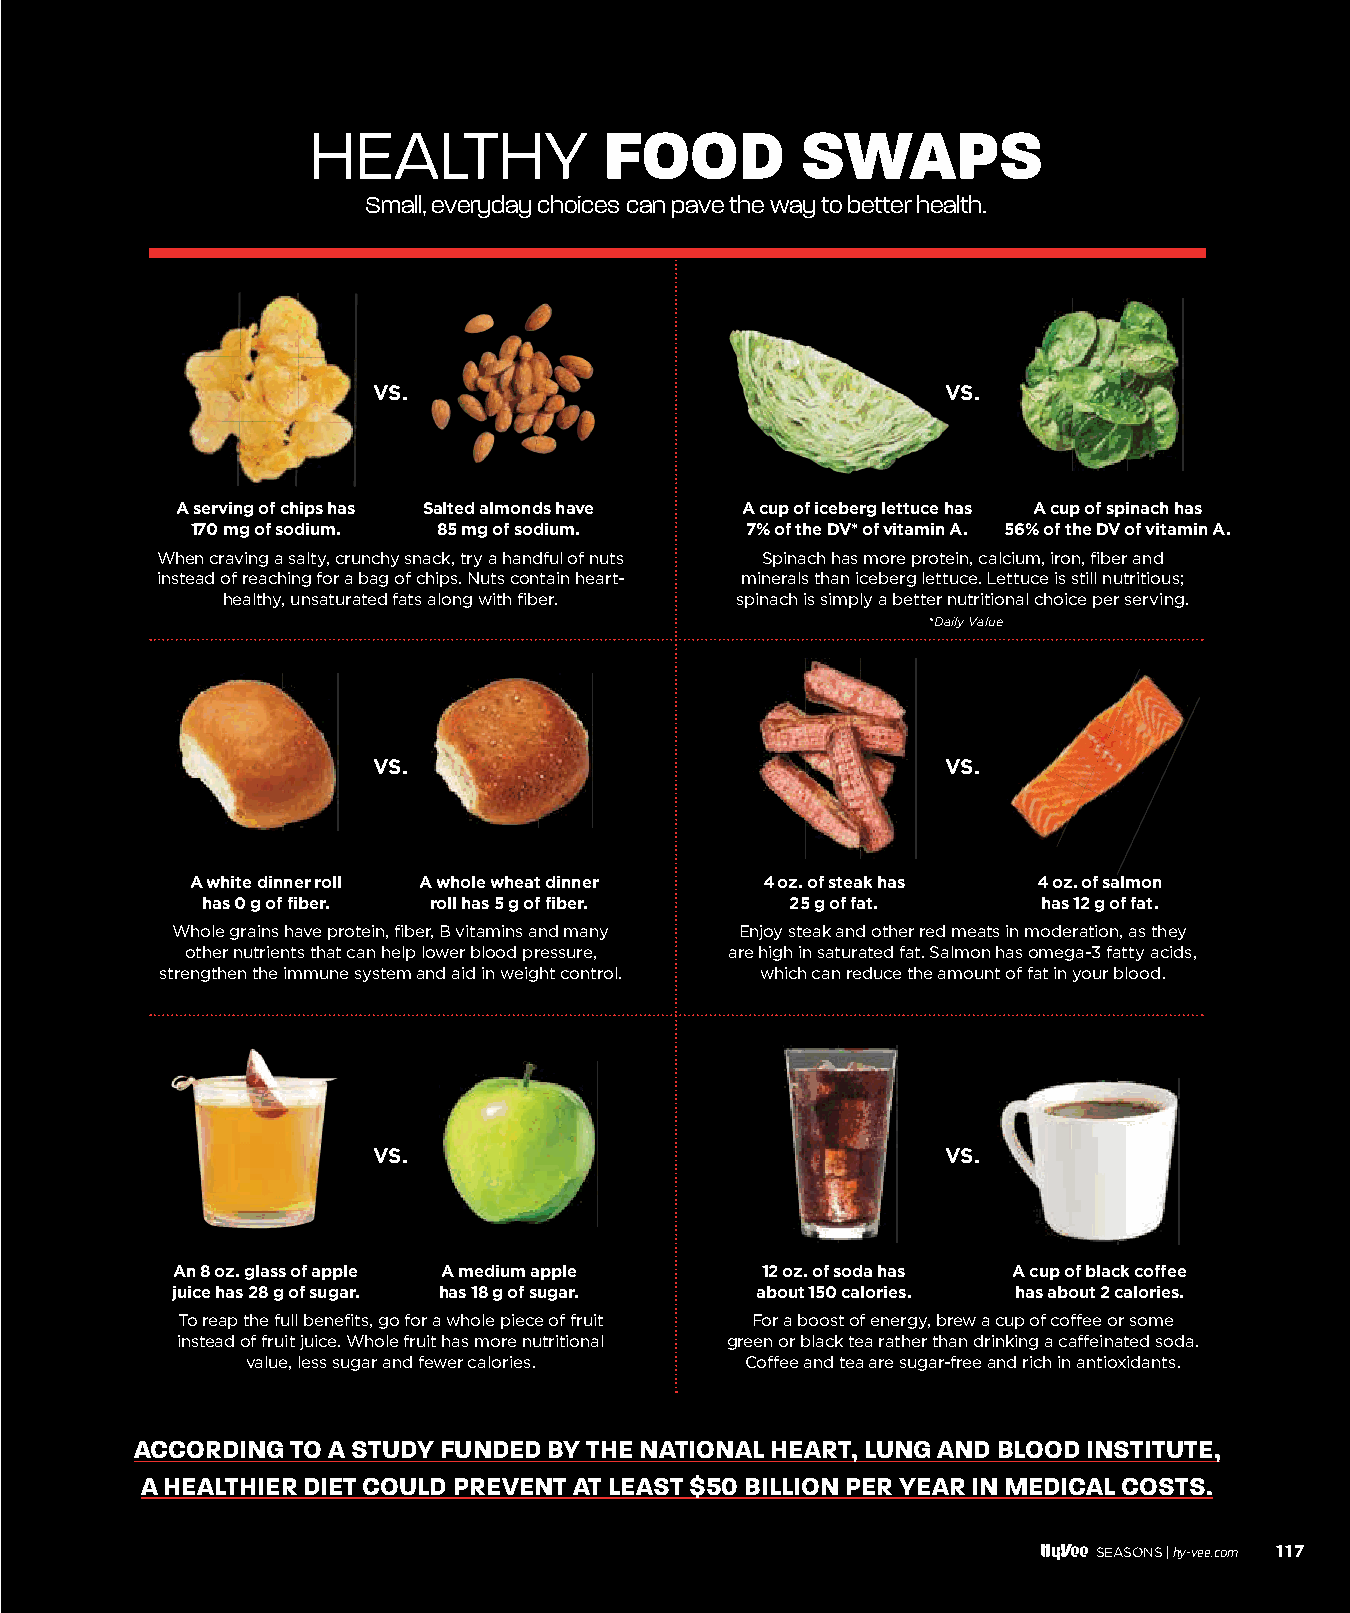
HEALTHY             FOOD         SWAPS
 Small, everyday choices can pave the way to better health.
 VS.                                   VS.
 A serving of chips has Salted almonds have A cup of iceberg lettuce has A cup of spinach has
 170 mg of sodium. 85 mg of sodium.  7% of the DV* of vitamin A. 56% of the DV of vitamin A.
 When craving a salty, crunchy snack, try a handful of nuts Spinach has more protein, calcium, iron, fiber and
 instead of reaching for a bag of chips. Nuts contain heart- minerals than iceberg lettuce. Lettuce is still nutritious;
 healthy, unsaturated fats along with fiber. spinach is simply a better nutritional choice per serving.
 *Daily Value
 VS.                                   VS.
 A white dinner roll A whole wheat dinner 4 oz. of steak has 4 oz. of salmon
 has 0 g of fiber. roll has 5 g of fiber. 25 g of fat.   has 12 g of fat.
 Whole grains have protein, fiber, B vitamins and many Enjoy steak and other red meats in moderation, as they
 other nutrients that can help lower blood pressure, are high in saturated fat. Salmon has omega-3 fatty acids,
 strengthen the immune system and aid in weight control. which can reduce the amount of fat in your blood.
 VS.                                   VS.
 An 8 oz. glass of apple A medium apple 12 oz. of soda has A cup of black coffee
 juice has 28 g of sugar. has 18 g of sugar. about 150 calories. has about 2 calories.
 To reap the full benefits, go for a whole piece of fruit For a boost of energy, brew a cup of coffee or some
 instead of fruit juice. Whole fruit has more nutritional green or black tea rather than drinking a caffeinated soda.
 value, less sugar and fewer calories. Coffee and tea are sugar-free and rich in antioxidants.
 ACCORDING TO A STUDY FUNDED BY THE NATIONAL HEART, LUNG AND BLOOD INSTITUTE,
 A HEALTHIER DIET COULD PREVENT AT LEAST $50 BILLION PER YEAR IN MEDICAL COSTS.
 SEASONS |hy-vee.com 117
 111166--111177 DDiieettiittiiaann QQ&&AA__1111..2299..iinndddd 111177            1111//3300//2211 33::4400 PPMM